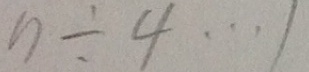
n \div 4 \cdots 1